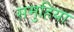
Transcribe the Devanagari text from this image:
समुहिया